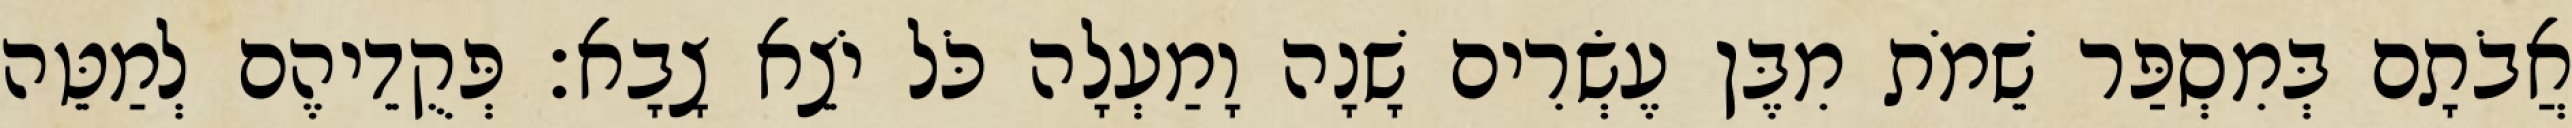
אֲבֹתָם בְּמִסְפַּר שֵׁמֹת מִבֶּן עֶשְׂרִים שָׁנָה וָמַעְלָה כֹּל יֹצֵא צָבָא׃ פְּקֻדֵיהֶם לְמַטֵּה